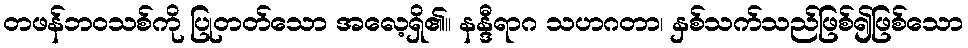
တဖန်ဘဝသစ်ကို ပြုတတ်သော အလေ့ရှိ၏။ နန္ဒီရာဂ သဟဂတာ၊ နှစ်သက်သည်ဖြစ်၍ဖြစ်သော